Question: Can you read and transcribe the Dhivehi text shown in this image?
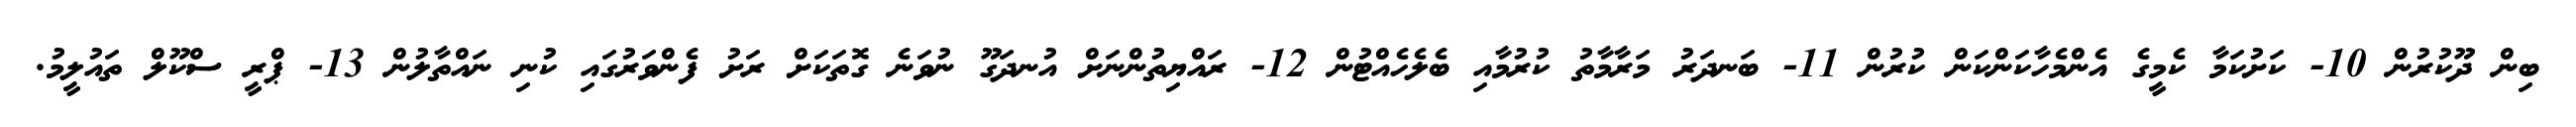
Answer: ބިން ދޫކުރުން 10- ކަށުކަމާ ކެމީގެ އެންމެހާކަންކަން ކުރުން 11- ބަނދަރު މަރާމާތު ކުރުމާއި ބެލެހެއްޓުން 12- ރައްޔިތުންނަށް އުނދަގޫ ނުވަނެ ގޮތަކަށް ރަށު ފެންވަރުގައި ކުނި ނައްތާލުން 13- ޕްރީ ސްކޫލް ތައުލީމު.